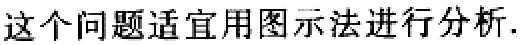
这个问题适宜用图示法进行分析.